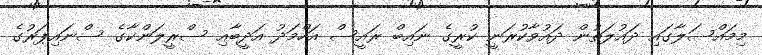
މިމައްސަލާގައި ދައުލަތުން ދައުވާކުރަނީ ކުރީގެ ނައިބް ރައީސް އަހްމަދު އަދީބާއި ސްރީލަންކާގެ ސްނައިޕަރުގެ